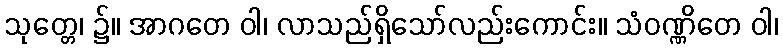
သုတ္တေ၊ ၌။ အာဂတေ ဝါ၊ လာသည်ရှိသော်လည်းကောင်း။ သံဝဏ္ဏိတေ ဝါ၊